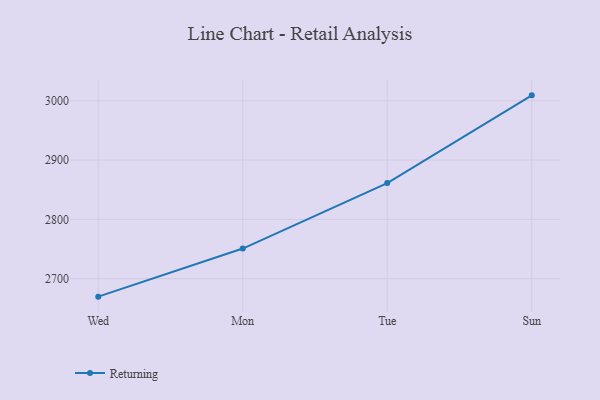
{"axis": {"x": "Day", "y": "Bounce Rate (%)"}, "legend": ["Returning"], "data": [{"x": "Wed", "y": 2669.7, "type": "Returning"}, {"x": "Mon", "y": 2750.8, "type": "Returning"}, {"x": "Tue", "y": 2861.2, "type": "Returning"}, {"x": "Sun", "y": 3009.2, "type": "Returning"}]}